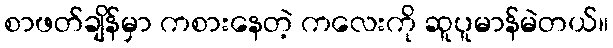
စာဖတ်ချိန်မှာ ကစားနေတဲ့ ကလေးကို ဆူပူမာန်မဲတယ်။